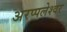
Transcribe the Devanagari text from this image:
अरप्पलेश्वर